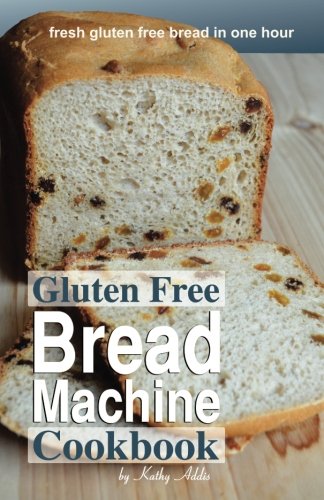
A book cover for Gluten Free Bread Machine Cookbook; Kathy Addis; Cookbooks, Food & Wine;